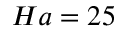
H a = 2 5